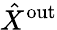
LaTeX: \hat{X}^{\mathrm{out}}